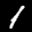
Label: 1